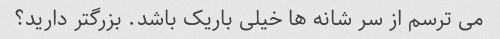
می ترسم از سر شانه ها خیلی باریک باشد. بزرگتر دارید؟